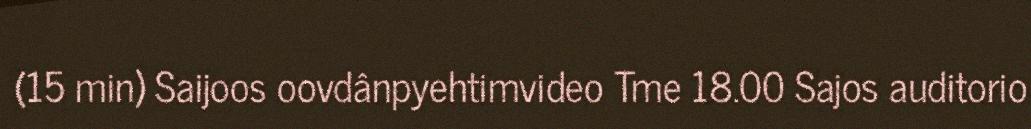
(15 min) Saijoos oovdânpyehtimvideo Tme 18.00 Sajos auditorio